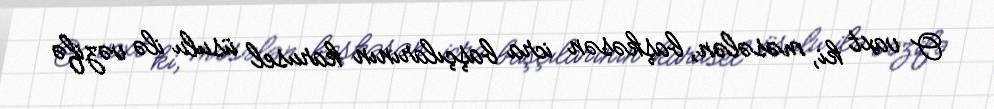
O vaxt ki, məsələn, başkəsən icra başçılarının karusel üsulu ilə vəzifə